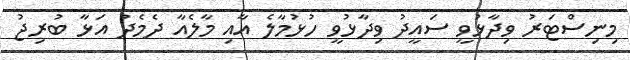
މިނިސްޓަރު ވިދާޅުވީ ސައީދު ވިދާޅުވީ ހުޅުމާލެ އާއި މާލެއާ ދެމެދު އަޅާ ބުރިޖު